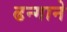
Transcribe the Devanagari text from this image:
ढन्गाने